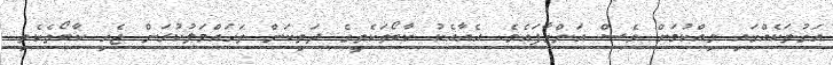
އަގުތަކެއްގައި ވިއްކުމަށް ވެސް އަންގާފައެެވެ. އެއާއެކު ކާބޯތަކެތީގެ ދަތިކަން ތަހައްމަލުކުރަން ޖެހި ކާބޯތެކެތި